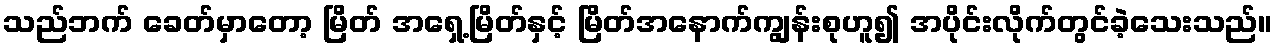
သည်ဘက် ခေတ်မှာတော့ မြိတ် အရှေ့မြိတ်နှင့် မြိတ်အနောက်ကျွန်းစုဟူ၍ အပိုင်းလိုက်တွင်ခဲ့သေးသည်။